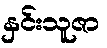
နှင်းသူဇာ